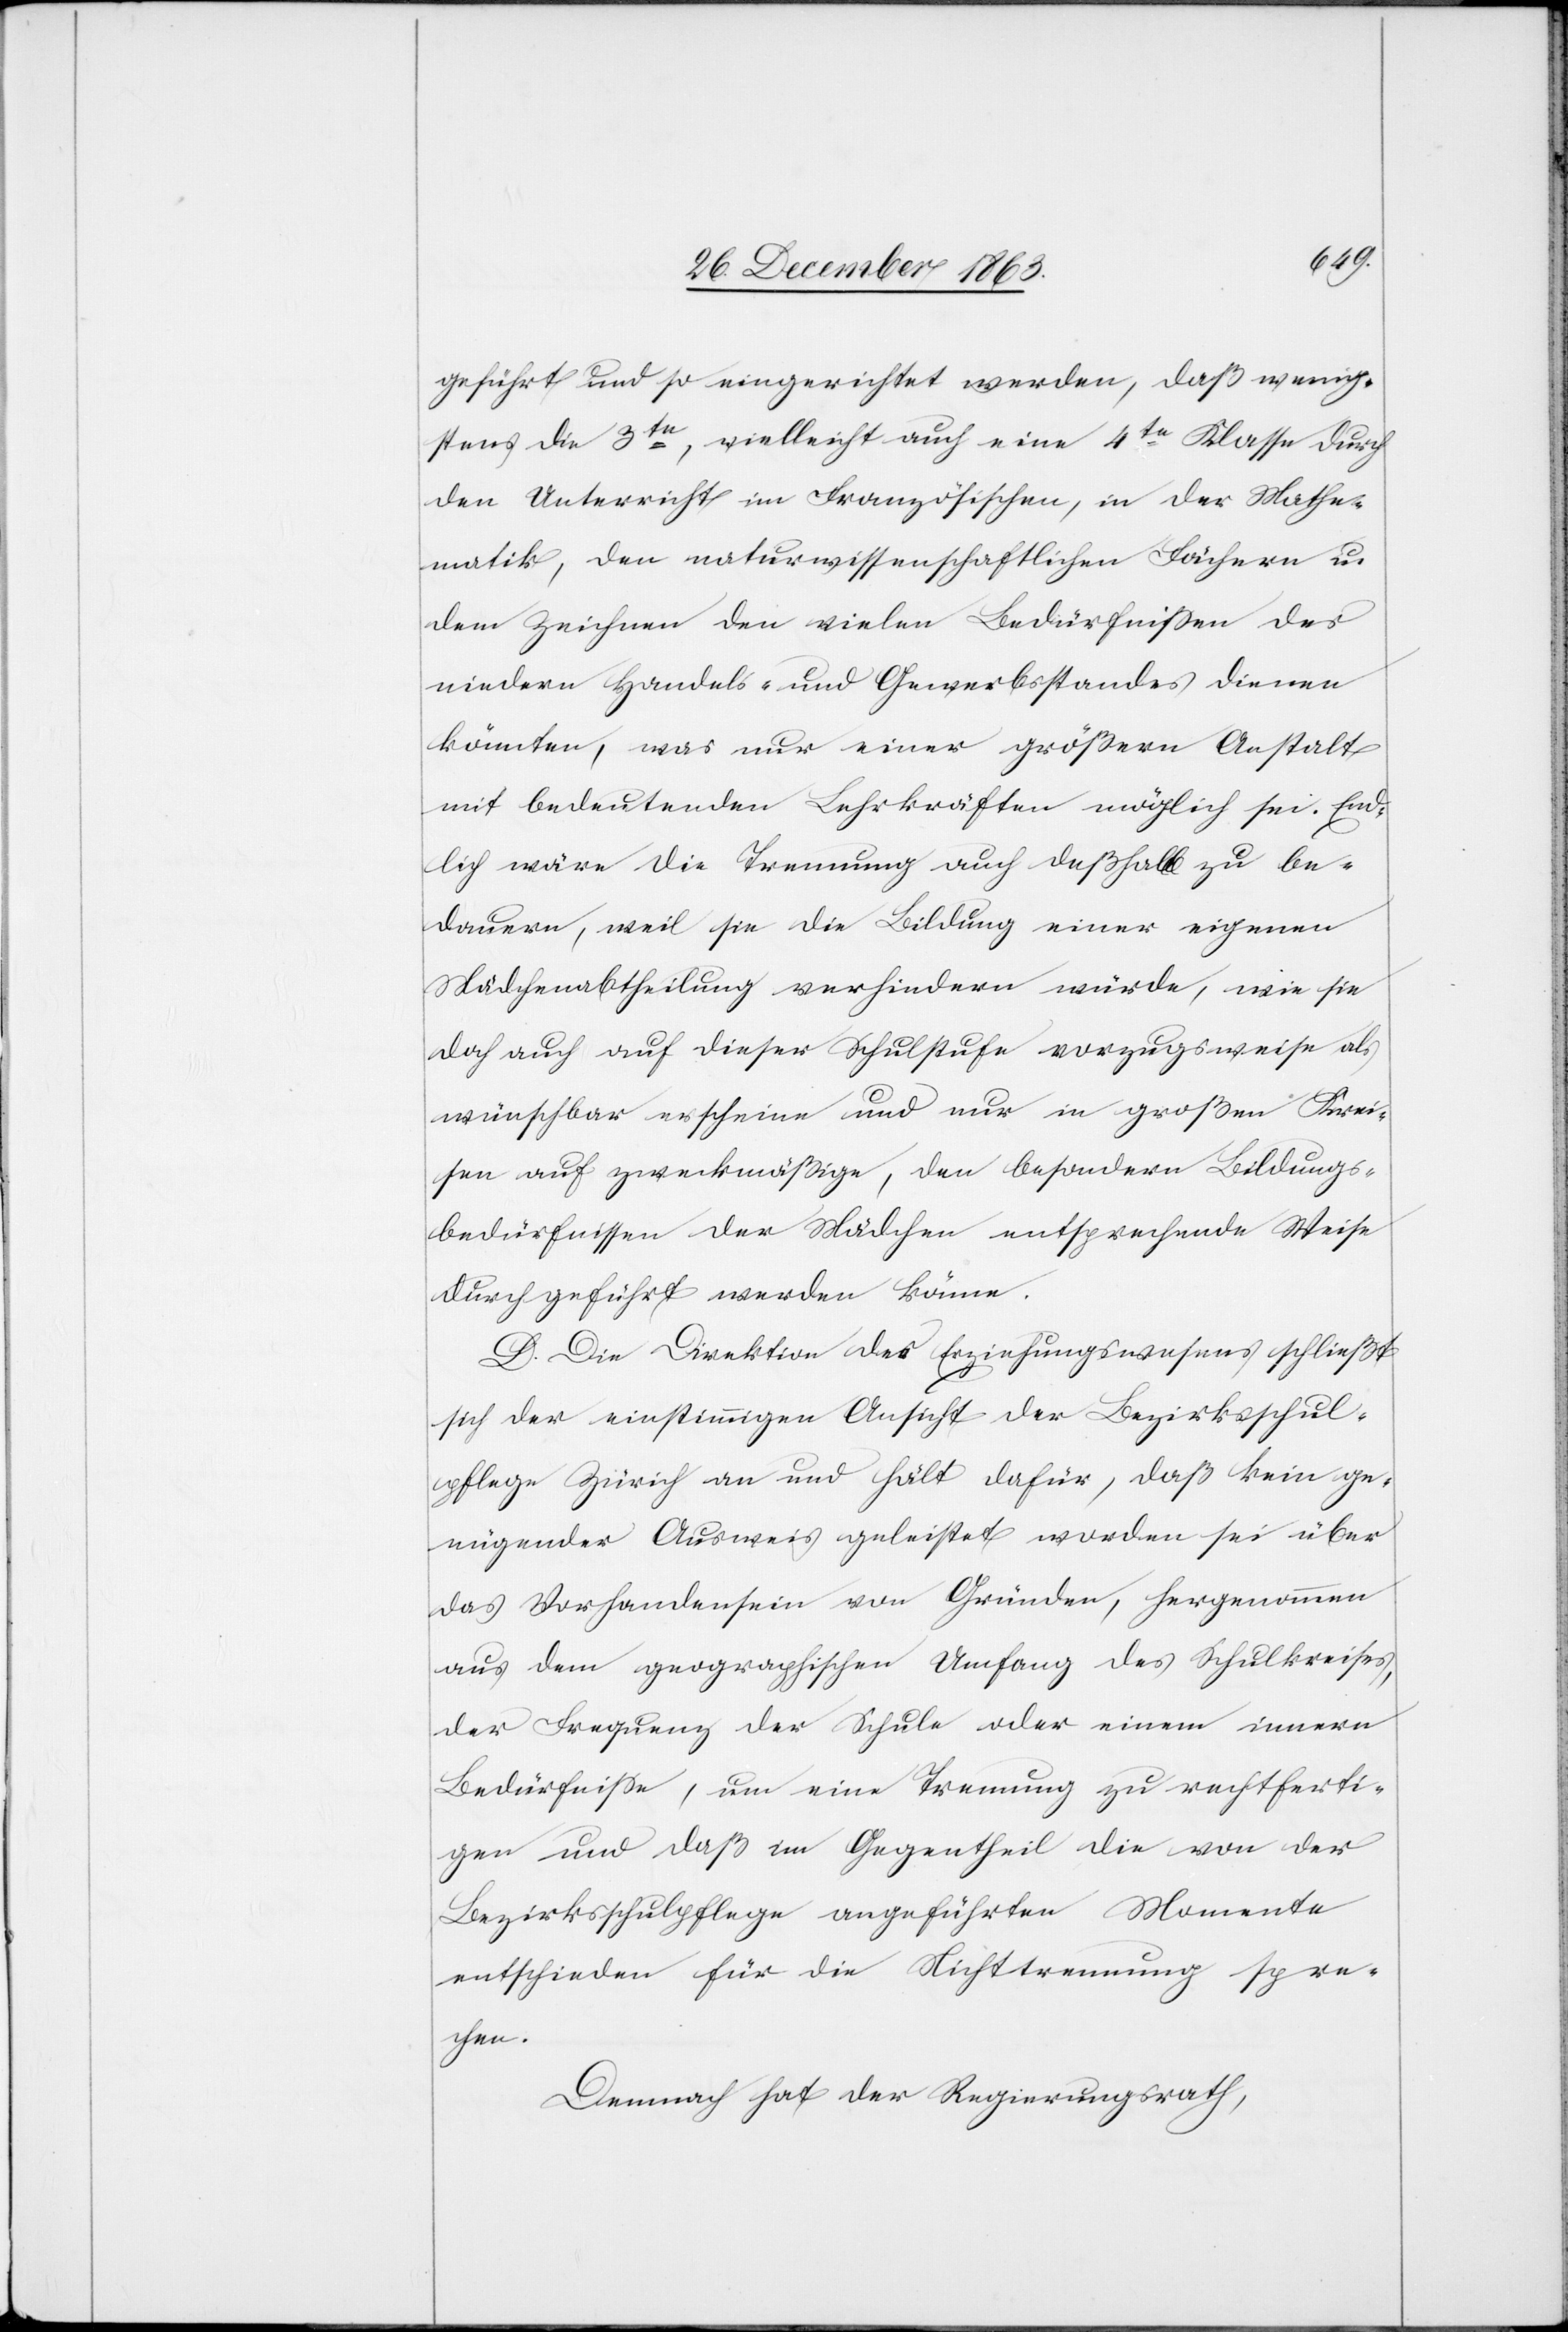
geführt und so eingerichtet werden, daß wenig¬
stens die 3te, vielleicht auch eine 4te Klasse durch
den Unterreicht im Französischen, in der Mathe¬
matik, den naturwissenschaftlichen Fächern u.
dem Zeichnen den vielen Bedürfnissen des
niedern Handels- und Gewerbsstandes dienen
könnten, was unter einer größern Anstalt
mit bedeutenden Lehrkräften möglich sei. End¬
lich wäre die Trennung auch deßhalb zu be¬
dauern, weil sie die Bildung einer eigenen
Mädchenabtheilung verhindern würde, wie sie
doch auch auf dieser Schulstufe vorzugsweise als
wünschbar erscheine und nur in großen Krei¬
sen auf zweckmäßige, den besondern Bildungs¬
bedürfnissen der Mädchen entsprechende Weise
durchgeführt werden könne.
D. Die Direktion des Erziehungswesens schließt
sich der einstimmigen Ansicht der Bezirksschul¬
pflege Zürich an und hält dafür, daß kein ge¬
nügender Ausweis geleistet worden sei über
das Vorhandensein von Gründen, hergenommen
aus dem geographischen Umfang des Schulkreises,
der Frequenz der Schule oder einem innern
Bedürfnisse, um eine Trennung zu rechtferti¬
gen und daß im Gegentheil die von der
Bezirksschulpflege angeführten Momente
entschieden für die Nichttrennung spre¬
chen.
Demnach hat der Regierungsrath,